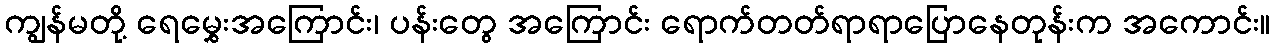
ကျွန်မတို့ ရေမွှေးအကြောင်း၊ ပန်းတွေ အကြောင်း ရောက်တတ်ရာရာပြောနေတုန်းက အကောင်း။